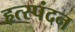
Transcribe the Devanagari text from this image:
हृत्स्पंदन